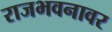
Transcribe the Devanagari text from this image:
राजभवनावर